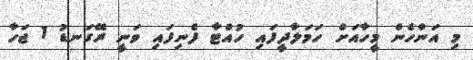
މި އަންހެން މީހާއަށް ހަމަލާދީފައި ހުއްޓާ ފެނިފައި ވަނީ ރޭގަނޑު 1 ޖަހާ